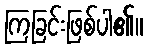
ကြခြင်းဖြစ်ပါ၏။